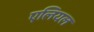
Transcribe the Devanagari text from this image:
एलियल